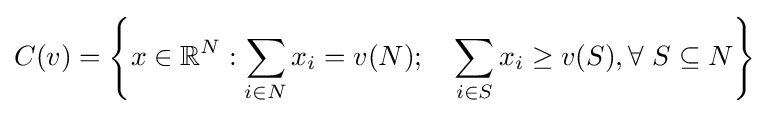
C(v)=\left\{x\in \mathbb {R} ^{N}:\sum _{i\in N}x_{i}=v(N);\quad \sum _{i\in S}x_{i}\geq v(S),\forall ~S\subseteq N\right\}